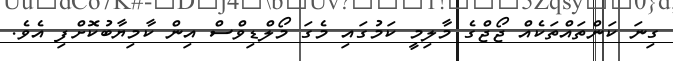
ގިނަ ކަންތައްތަކެއް ޖޯޖްގެ މާލިމީ ކަމުގައި މެގަ މޯލްޑިވްސް އިން ކާމިޔާބުކޮށްފި އެވެ.